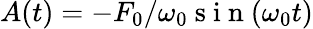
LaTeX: A(t)=-F_{0}/\omega_{0}\mathrm{~s~i~n~}(\omega_{0}t)